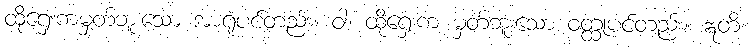
ထိုရှေးကမှတ်ဘူးသော အာရုံပင်တည်း။ ဝါ၊ ထိုရှေးက မှတ်ဘူးသော ဝတ္ထုပင်တည်း။ ဣတိ၊